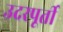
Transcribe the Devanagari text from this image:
उदरपूर्ती